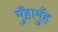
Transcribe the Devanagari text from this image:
मुँहामुँह